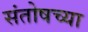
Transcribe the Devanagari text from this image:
संतोषच्या